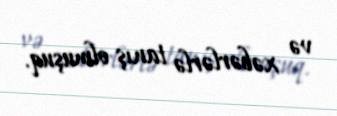
və xəbərlərlə tanış olmuşuq.